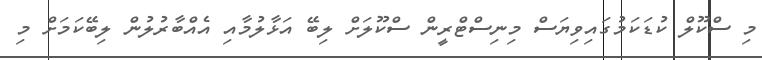
މި ސްކޫލް ކުޑަކަމުގައިވިޔަސް މިނިސްޓްރީން ސްކޫލަށް ލިބޭ އަޅާލުމާއި އެއްބާރުލުން ލިބޭކަމަށް މި